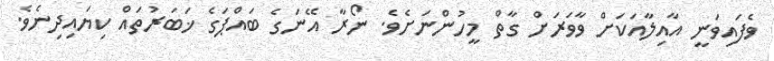
ވެފައިވަނީ އާއިލާއަކަށް ވާވަރަށް ގާތް މީހުންނަށެވެ. ނޯރާ އޭނަގެ ބައްޕަގެ ޚަބަރުތައް ކިޔައިދިނެވެ.